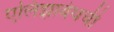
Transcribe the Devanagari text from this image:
एलिझाबेथची